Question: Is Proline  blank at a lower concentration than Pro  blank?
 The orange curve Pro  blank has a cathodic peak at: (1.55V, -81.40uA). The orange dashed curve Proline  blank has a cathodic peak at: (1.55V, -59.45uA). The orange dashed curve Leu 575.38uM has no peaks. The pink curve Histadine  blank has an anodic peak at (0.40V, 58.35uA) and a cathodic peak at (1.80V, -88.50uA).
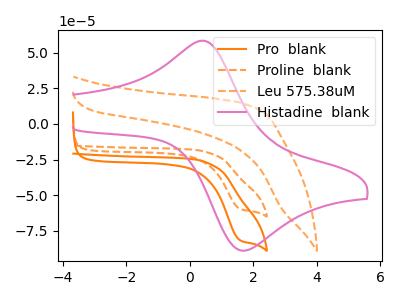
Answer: <think>All the peaks in "Pro  blank" have a peak in "Proline  blank" at the same potential. Every peak in "Pro  blank" is higher than every peak in "Proline  blank".
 </think>
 <answer>"Pro  blank" has more signal than "Proline  blank" and so likely has a higher concentration.</answer>
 <eval>more_concentration</eval>